Annual report on the working of the lock hospitals in the Central Provinces
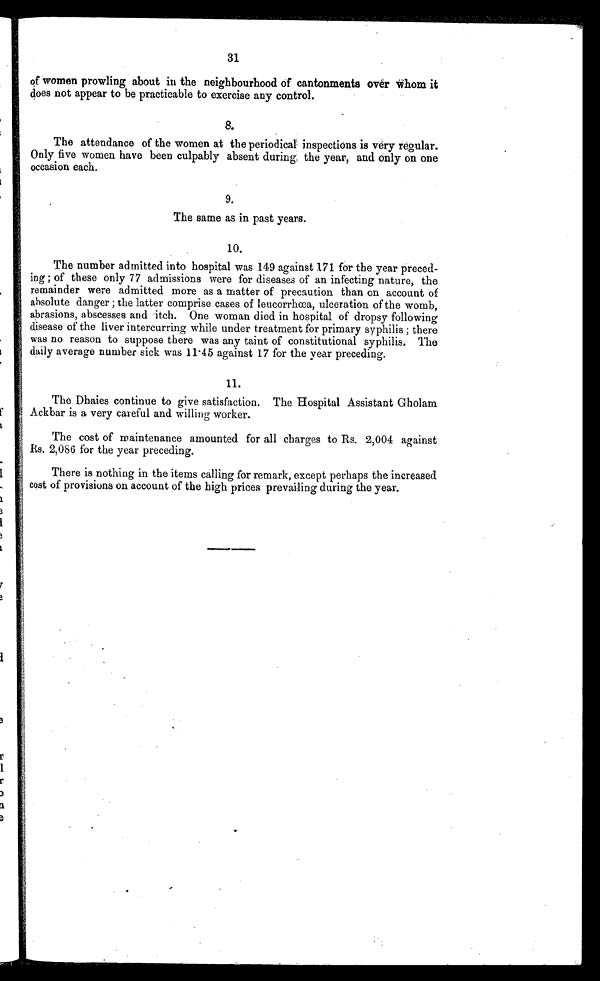
31
of women prowling about in the neighbourhood of cantonments over whom it
does not appear to be practicable to exercise any control.
8.
The attendance of the women at the periodical inspections is very regular.
Only five women have been culpably absent during the year, and only on one
occasion each.
The same as in past years.
1 0 .
The number admitted into hospital was 149 against 171 for the year preced-
ing ; of these only 77 admissions were or diseases of an infecting nature, the
remainder were admitted more as a matter of precaution than on account of
absolute danger ; the latter comprise cases of leucorrhœa, ulceration of the womb,
abrasions, abscesses and itch. One woman died in hospital of dropsy following
disease of the liver intercurring while under treatment for primary syphilis; there
was no reason to suppose there was any taint of constitutional syphilis. The
daily average number sick was 11·45 against 17 for the year preceding.
1 1 .
The Dhaies continue to give satisfaction. The Hospital Assistant Gholam
Ackbar is a very careful and willing worker.
The cost of maintenance amounted for all charges to Rs. 2,004 against
Rs. 2,086 for the year preceding.
There is nothing in the items calling for remark, except perhaps the increased
cost of provisions on account of the high prices prevailing during the year.